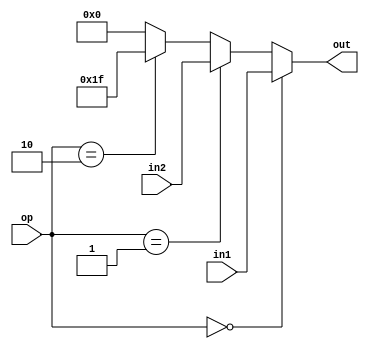
`timescale 1ns / 1ps
//////////////////////////////////////////////////////////////////////////////////
// Company: 
// Engineer: 
// 
// Design Name: 
// Module Name:    MUX_4mux 
// Project Name: 
// Target Devices: 
// Tool versions: 
// Description: 
//
// Dependencies: 
//
// Revision: 
// Revision 0.01 - File Created
// Additional Comments: 
//
//////////////////////////////////////////////////////////////////////////////////
module MUX_3to1_regdst(
    input [4:0] in1,
    input [4:0] in2,
    input [1:0] op,
    output [4:0] out
    );
	 assign out=(op==2'b00)?in1:
			      (op==2'b01)?in2:
					(op==2'b10)?5'b11111:
					5'b0;
endmodule

module MUX_2to1_alusrc(
    input [31:0] in1,
    input [31:0] in2,
    input op,
    output [31:0] out
    );
	 assign out=(op==0)?in1:in2;

endmodule

module MUX_3to1_memtoreg(
    input [31:0] in1,
    input [31:0] in2,
    input [31:0] in3,
    input [1:0] op,
    output [31:0] out
    );
	 assign out=(op==2'b00)?in1:
			      (op==2'b01)?in2:
					(op==2'b10)?in3:
					32'b0;
endmodule

module MUX_2to1_lb(
    input [31:0] in1,
    input [31:0] in2,
    input op,
    output [31:0] out
    );
	 assign out=(op==0)?in1:in2;

endmodule

module MUX_2to1_sb(
    input [31:0] in1,
    input [31:0] in2,
    input op,
    output [31:0] out
    );
	 assign out=(op==0)?in1:in2;

endmodule